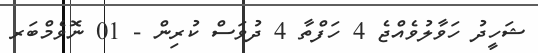
ޝަހީދު ހަވާލުވެއްޖެ 4 ހަފްތާ 4 ދުވަސް ކުރިން - 01 ނޮވެމްބަރ